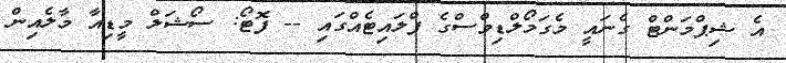
އެ ޝިޕްމަންޓް ގެނައީ މެގަމޯލްޑިވްސްގެ ފްލައިޓެއްގައި -- ފޮޓޯ: ސޯޝަލް މީޑިއާ މާލެއިން